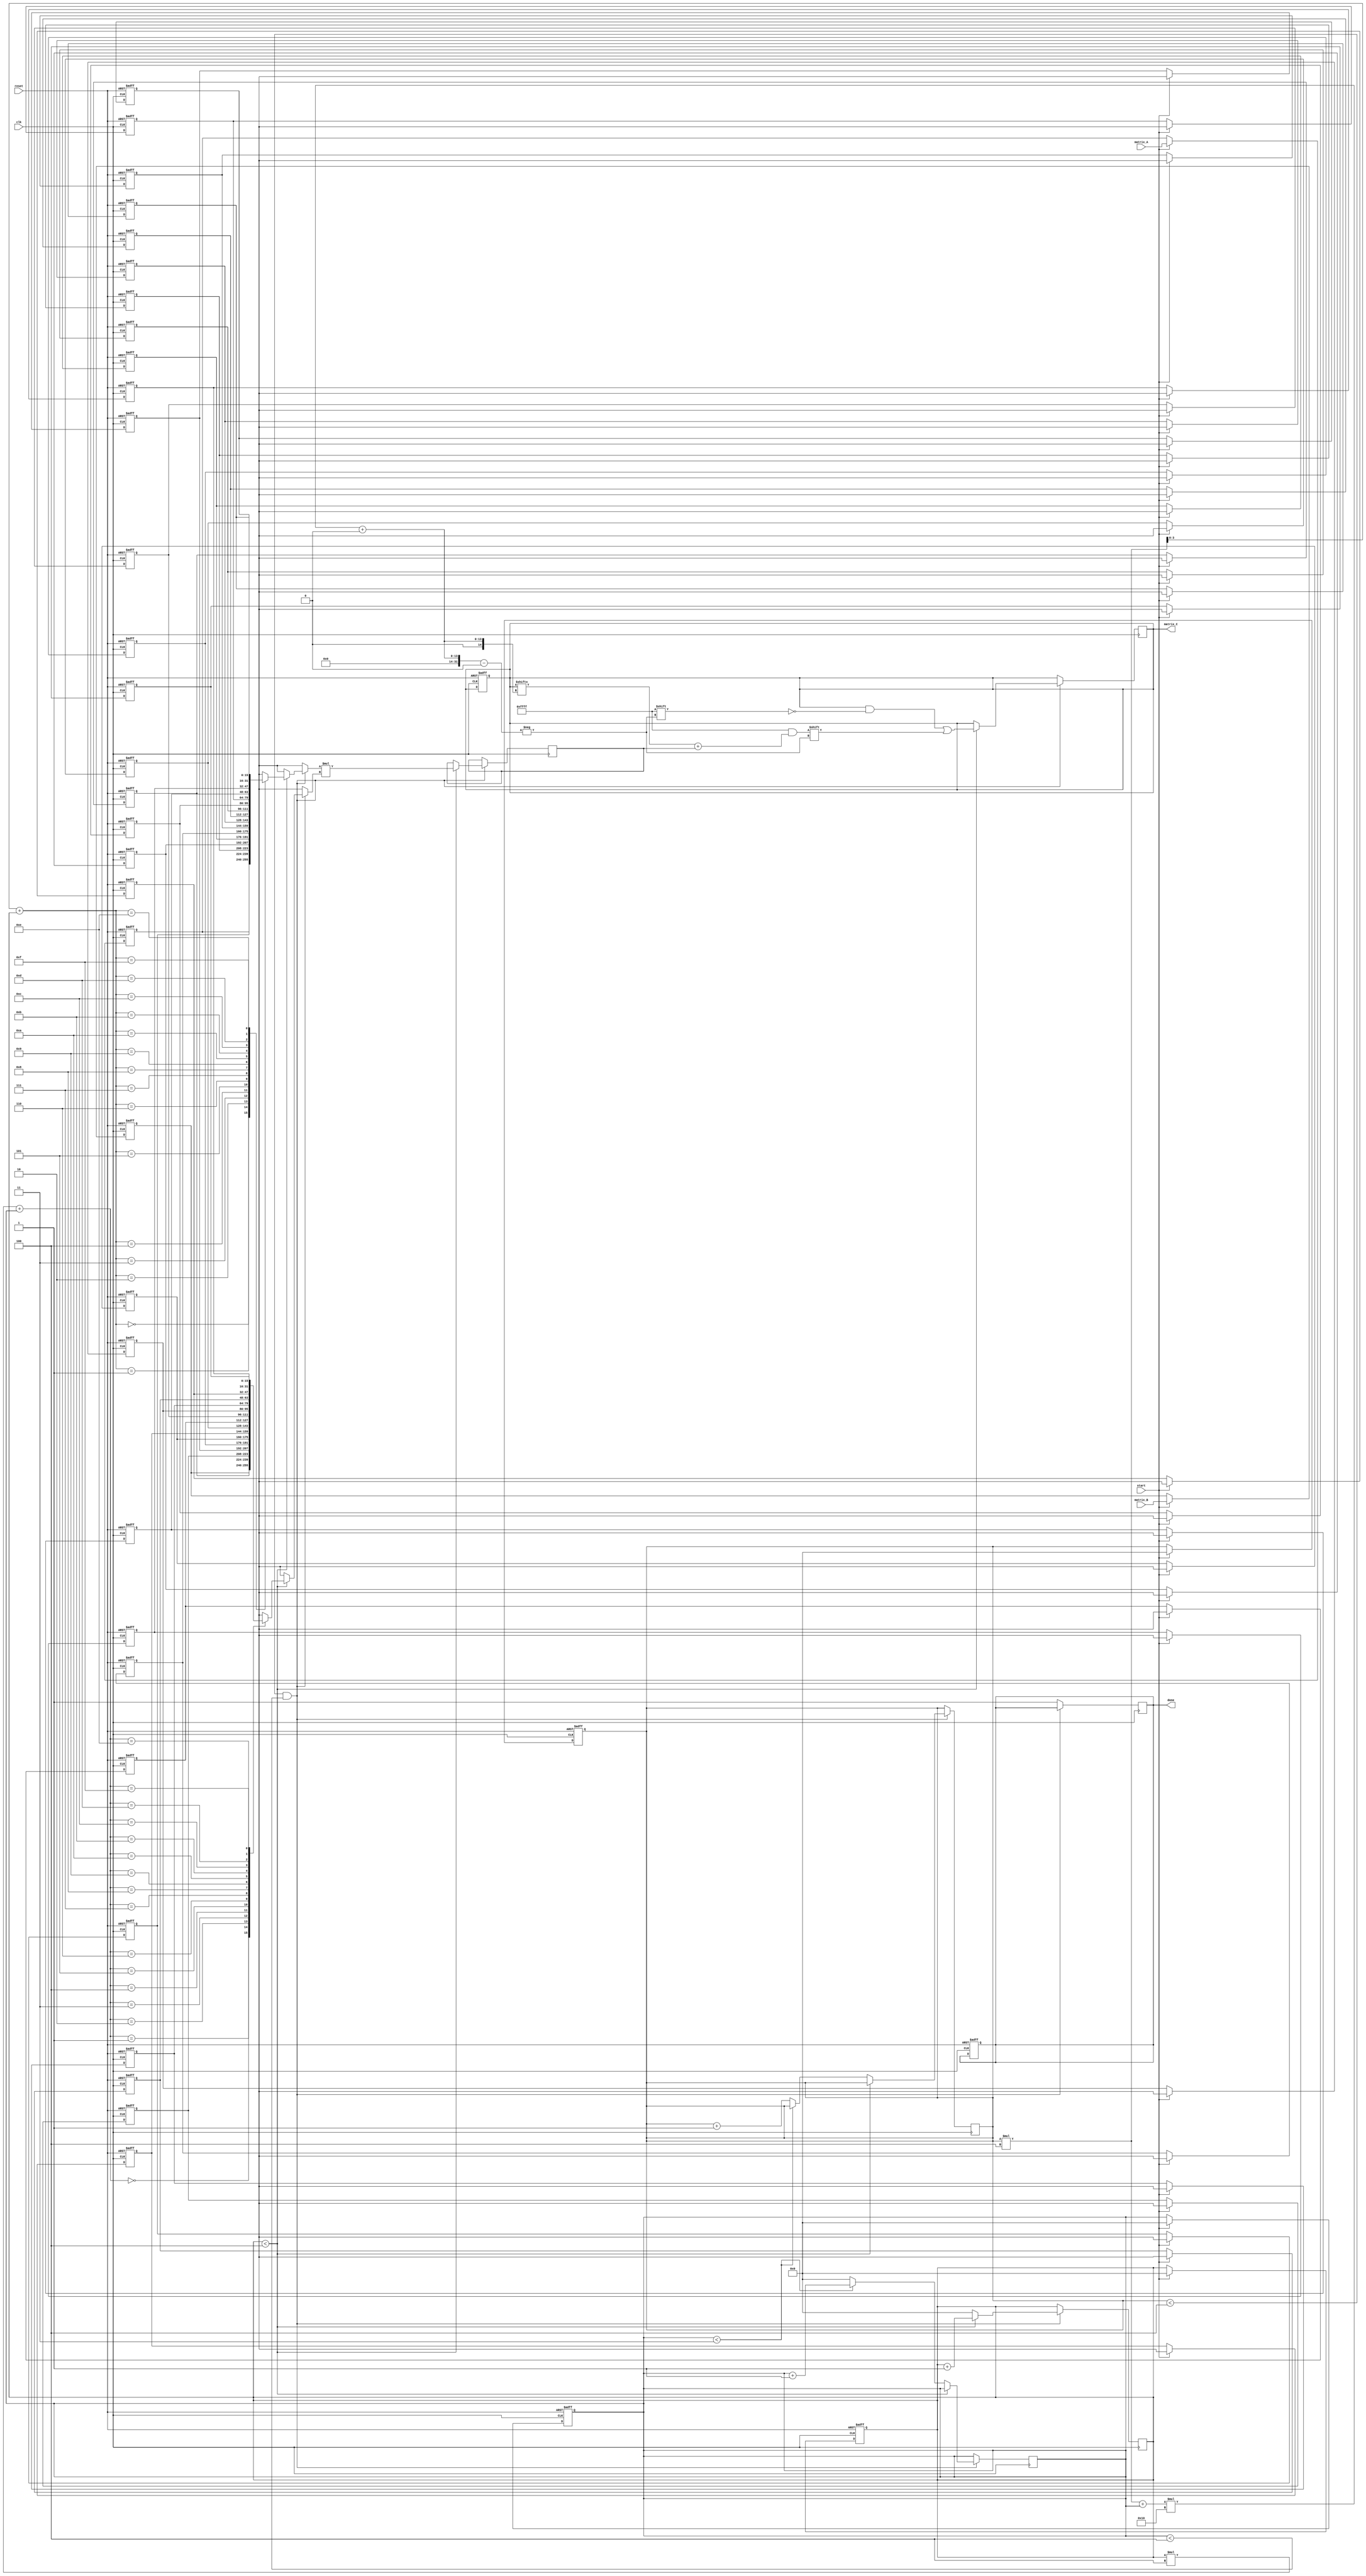
module stencil_multiplier #(
    parameter M = 4, // Rows in matrix A
    parameter K = 4, // Columns in matrix A and Rows in matrix B
    parameter N = 4  // Columns in matrix B
)(
    input wire clk,
    input wire reset,
    input wire start,
    input wire [M*K-1:0] matrix_A, // Flattened MxK matrix A
    input wire [K*N-1:0] matrix_B, // Flattened KxN matrix B
    output reg [M*N-1:0] matrix_C,  // Flattened MxN result matrix C
    output reg done
);

    reg [M-1:0] row;
    reg [N-1:0] col;
    reg [K-1:0] k;
    reg [15:0] partial_sum; // Change size as per data width
    reg [15:0] A_buf [0:M-1][0:K-1]; // Buffer for matrix A
    reg [15:0] B_buf [0:K-1][0:N-1]; // Buffer for matrix B

    // Load matrices into buffers
    integer i, j;
    always @(posedge clk or posedge reset) begin
        if (reset) begin
            for (i = 0; i < M; i = i + 1) begin
                for (j = 0; j < K; j = j + 1) begin
                    A_buf[i][j] <= 0;
                end
            end
            for (i = 0; i < K; i = i + 1) begin
                for (j = 0; j < N; j = j + 1) begin
                    B_buf[i][j] <= 0;
                end
            end
            matrix_C <= 0;
            done <= 0;
            row <= 0;
            col <= 0;
            k <= 0;
        end else if (start) begin
            // Load A and B matrices
            for (i = 0; i < M; i = i + 1) begin
                for (j = 0; j < K; j = j + 1) begin
                    A_buf[i][j] <= matrix_A[(i*K + j) * 16 +: 16]; // Assuming 16-bit data
                end
            end
            for (i = 0; i < K; i = i + 1) begin
                for (j = 0; j < N; j = j + 1) begin
                    B_buf[i][j] <= matrix_B[(i*N + j) * 16 +: 16]; // Assuming 16-bit data
                end
            end
            row <= 0;
            col <= 0;
            k <= 0;
        end
    end

    // Multiplication and accumulation
    always @(posedge clk) begin
        if (row < M && col < N) begin
            if (k < K) begin
                partial_sum <= A_buf[row][k] * B_buf[k][col];
                matrix_C[(row*N + col) * 16 +: 16] <= matrix_C[(row*N + col) * 16 +: 16] + partial_sum; 
                k <= k + 1;
            end else begin
                k <= 0;
                if (col < N - 1) begin
                    col <= col + 1;
                end else begin
                    col <= 0;
                    row <= row + 1;
                end
            end
        end else begin
            done <= 1; // Multiplication complete
        end
    end

endmodule